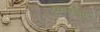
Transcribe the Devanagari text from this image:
अन्यर्पण